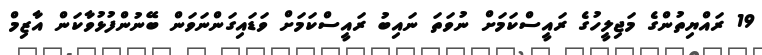
19 ރައްޔިތުންގެ މަޖިލީހުގެ ރައީސްކަމަށް ނުވަތަ ނައިބު ރައީސްކަމަށް ވަޑައިގަންނަވަން ބޭނުންފުޅުވާކަން އާޒިމް